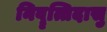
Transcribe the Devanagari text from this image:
निवॄत्तिदासु